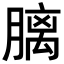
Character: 𪱩